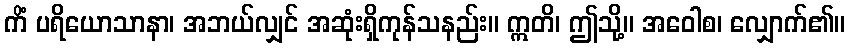
ကိံ ပရိယောသာနာ၊ အဘယ်လျှင် အဆုံးရှိကုန်သနည်း။ ဣတိ၊ ဤသို့။ အဝေါစ၊ လျှောက်၏။